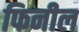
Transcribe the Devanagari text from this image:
फिनील